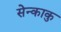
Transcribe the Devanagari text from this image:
सेन्काकु